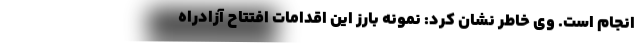
انجام است. وی خاطر نشان کرد: نمونه بارز این اقدامات افتتاح آزادراه